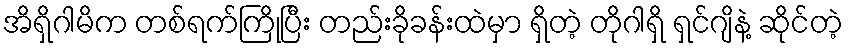
အိရှိဂါမိက တစ်ရက်ကြိုပြီး တည်းခိုခန်းထဲမှာ ရှိတဲ့ တိုဂါရှိ ရှင်ဂျိနဲ့ ဆိုင်တဲ့